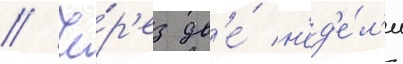
// Че́р'ез дв'е́ н'ед'е́л'и